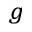
^ { g }